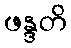
ဖန္ဒတိ